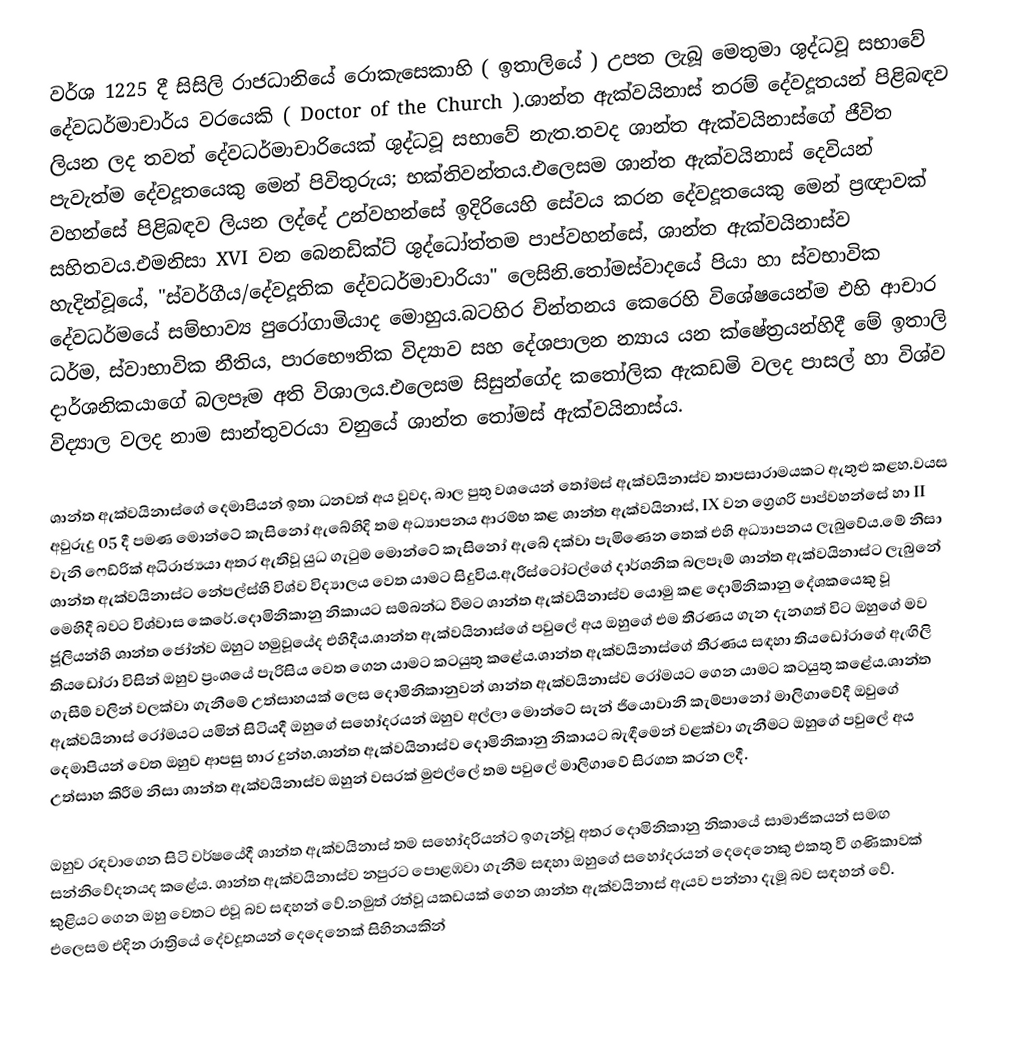
වර්ශ 1225 දී සිසිලි රාජධානියේ රොකැසෙකාහි ( ඉතාලියේ ) උපත ලැබූ මෙතුමා ශුද්ධවූ සභාවේ දේවධර්මාචාර්ය වරයෙකි ( Doctor of the Church ).ශාන්ත ඇක්වයිනාස් තරම් දේවදූතයන් පිළිබඳව ලියන ලද තවත් දේවධර්මාචාරියෙක් ශුද්ධවූ සභාවේ නැත.තවද ශාන්ත ඇක්වයිනාස්ගේ ජීවිත පැවැත්ම දේවදූතයෙකු මෙන් පිවිතුරුය; භක්තිවන්තය.එලෙසම ශාන්ත ඇක්වයිනාස් දෙවියන් වහන්සේ පිළිබඳව ලියන ලද්දේ උන්වහන්සේ ඉදිරියෙහි සේවය කරන දේවදූතයෙකු මෙන් ප්‍රඥාවක් සහිතවය.එමනිසා XVI වන බෙනඩික්ට් ශුද්ධෝත්තම පාප්වහන්සේ, ශාන්ත ඇක්වයිනාස්ව හැදින්වූයේ, "ස්වර්ගීය/දේවදූතික දේවධර්මාචාරියා" ලෙසිනි.තෝමස්වාදයේ පියා හා ස්වභාවික දේවධර්මයේ සම්භාව්‍ය පුරෝගාමියාද මොහුය.බටහිර චින්තනය කෙරෙහි විශේෂයෙන්ම එහි ආචාර ධර්ම, ස්වාභාවික නීතිය, පාරභෞතික විද්‍යාව සහ දේශපාලන න්‍යාය යන ක්ෂේත්‍රයන්හිදී මේ ඉතාලි දාර්ශනිකයාගේ බලපෑම අති විශාලය.එලෙසම සිසුන්ගේද කතෝලික ඇකඩමි වලද පාසල් හා විශ්ව විද්‍යාල වලද නාම සාන්තුවරයා වනුයේ ශාන්ත තෝමස් ඇක්වයිනාස්ය.

ශාන්ත ඇක්වයිනාස්ගේ දෙමාපියන් ඉතා ධනවත් අය වූවද, බාල පුතු වශයෙන් තෝමස් ඇක්වයිනාස්ව තාපසාරාමයකට ඇතුළු කළහ.වයස අවුරුදු 05 දී පමණ මොන්ටේ කැසිනෝ ඇබේහිදි තම අධ්‍යාපනය ආරම්භ කළ ශාන්ත ඇක්වයිනාස්, IX වන ග්‍රෙගරි පාප්වහන්සේ හා II වැනි ෆෙඩ්රික් අධිරාජ්‍යයා අතර ඇතිවූ යුධ ගැටුම මොන්ටේ කැසිනෝ ඇබේ දක්වා පැමිණෙන තෙක් එහි අධ්‍යාපනය ලැබුවේය.මේ නිසා ශාන්ත ඇක්වයිනාස්ට නේපල්ස්හි විශ්ව විද්‍යාලය වෙත යාමට සිදුවිය.ඇරිස්ටෝටල්ගේ දාර්ශනික බලපෑම් ශාන්ත ඇක්වයිනාස්ට ලැබුනේ මෙහිදී බවට විශ්වාස කෙරේ.දොමිනිකානු නිකායට සම්බන්ධ වීමට ශාන්ත ඇක්වයිනාස්ව යොමු කළ දොමිනිකානු දේශකයෙකු වූ ජූලියන්හි ශාන්ත ජෝන්ව ඔහුට හමුවූයේද එහිදීය.ශාන්ත ඇක්වයිනාස්ගේ පවුලේ අය ඔහුගේ එම තීරණය ගැන දැනගත් විට ඔහුගේ මව තියඩෝරා විසින් ඔහුව ප්‍රංශයේ පැරිසිය වෙත ගෙන යාමට කටයුතු කළේය.ශාන්ත ඇක්වයිනාස්ගේ තීරණය සඳහා තියඩෝරාගේ ඇඟිලි ගැසීම් වලින් වලක්වා ගැනීමේ උත්සාහයක් ලෙස දොමිනිකානුවන් ශාන්ත ඇක්වයිනාස්ව රෝමයට ගෙන යාමට කටයුතු කළේය.ශාන්ත ඇක්වයිනාස් රෝමයට යමින් සිටියදී ඔහුගේ සහෝදරයන් ඔහුව අල්ලා මොන්ටේ සැන් ජියොවානි කැම්පානෝ මාලිගාවේදී ඔවුගේ දෙමාපියන් වෙත ඔහුව ආපසු භාර දුන්හ.ශාන්ත ඇක්වයිනාස්ව දොමිනිකානු නිකායට බැඳීමෙන් වළක්වා ගැනීමට ඔහුගේ පවුලේ අය උත්සාහ කිරීම නිසා ශාන්ත ඇක්වයිනාස්ව ඔහුන් වසරක් මුළුල්ලේ තම පවුලේ මාලිගාවේ සිරගත කරන ලදී.

ඔහුව රඳවාගෙන සිටි වර්ෂයේදී ශාන්ත ඇක්වයිනාස් තම සහෝදරියන්ට ඉගැන්වූ අතර දොමිනිකානු නිකායේ සාමාජිකයන් සමඟ සන්නිවේදනයද කළේය. ශාන්ත ඇක්වයිනාස්ව නපුරට පොළඹවා ගැනීම සඳහා ඔහුගේ සහෝදරයන් දෙදෙනෙකු එකතු වී ගණිකාවක් කුළියට ගෙන ඔහු වෙතට එවූ බව සඳහන් වේ.නමුත් රත්වූ යකඩයක් ගෙන ශාන්ත ඇක්වයිනාස් ඇයව පන්නා දැමූ බව සඳහන් වේ. එලෙසම එදින රාත්‍රියේ දේවදූතයන් දෙදෙනෙක් සිහිනයකින්